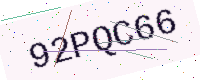
Text: 92PQC66